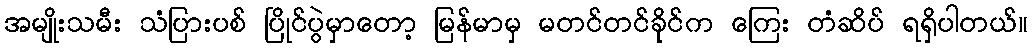
အမျိုးသမီး သံပြားပစ် ပြိုင်ပွဲမှာတော့ မြန်မာမှ မတင်တင်ခိုင်က ကြေး တံဆိပ် ရရှိပါတယ်။